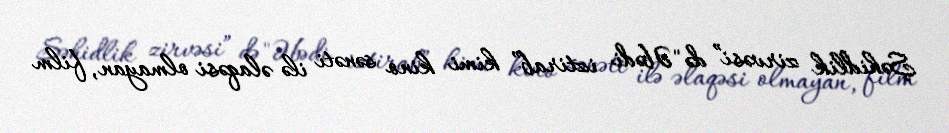
Şəhidlik zirvəsi” də "Əbədi iztirab” kimi kino sənəti ilə əlaqəsi olmayan, film